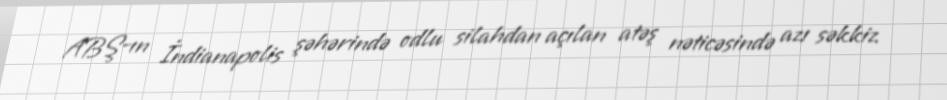
ABŞ-ın İndianapolis şəhərində odlu silahdan açılan atəş nəticəsində azı səkkiz